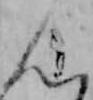
ん